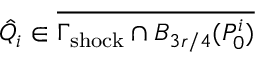
\hat { Q } _ { i } \in \overline { { \Gamma _ { \mathrm { s h o c k } } \cap B _ { 3 r / 4 } ( P _ { 0 } ^ { i } ) } }